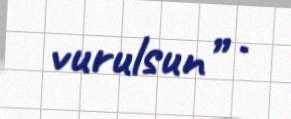
vurulsun” .